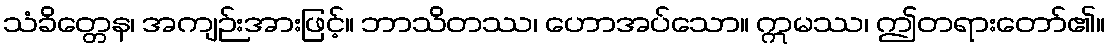
သံခိတ္တေန၊ အကျဉ်းအားဖြင့်။ ဘာသိတဿ၊ ဟောအပ်သော။ ဣမဿ၊ ဤတရားတော်၏။